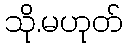
သို.မဟုတ်